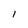
Character: I